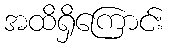
အထိရှိကြောင်း